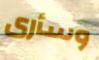
وسأرى